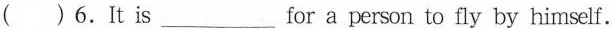
( )6.It is ___ for a person to fly by himself.